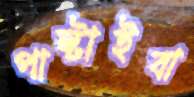
পাল্টাইবা